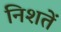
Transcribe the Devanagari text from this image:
निशतें